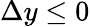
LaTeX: \Delta y\leq 0